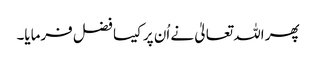
پھر اللہ تعالیٰ نے اُن پر کیسا فضل فرمایا۔